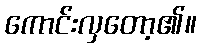
ကောင်းလှတော့၏။